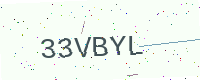
Text: 33VBYL